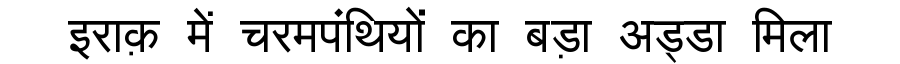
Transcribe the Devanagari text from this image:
इराक़ में चरमपंथियों का बड़ा अड्डा मिला